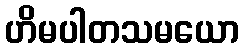
ဟိမပါတသမယော